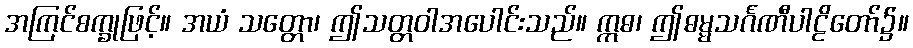
အကြင်စက္ခုဖြင့်။ အယံ သတ္တော၊ ဤသတ္တဝါအပေါင်းသည်။ ဣဓ၊ ဤဓမ္မသင်္ဂဏီပါဠိတော်၌။